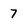
Character: 7